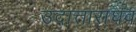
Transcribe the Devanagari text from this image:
उदात्ताराघव